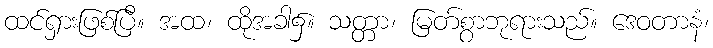
ထင်ရှားဖြစ်ပြီ။ အထ၊ ထိုအခါ၌။ သတ္တာ၊ မြတ်စွာဘုရားသည်။ ဒေဝတာနံ၊